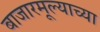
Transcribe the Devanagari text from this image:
बाजारमूल्याच्या